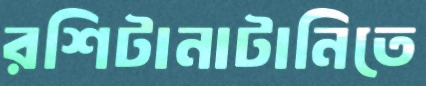
রশিটানাটানিতে